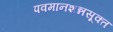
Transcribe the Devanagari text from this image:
पवमानशन्नसूक्त